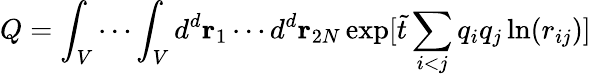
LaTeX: Q=\int_{V}\cdots\int_{V}d^{d}{\mathbf r}_{1}\cdots d^{d}{\mathbf r}_{2N}\exp[{\tilde{t}}\sum_{i<j}q_{i}q_{j}\ln(r_{ij})]